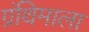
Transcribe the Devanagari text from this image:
ग्रंथिमाला